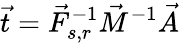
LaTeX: \vec{t}=\vec{F}_{s,r}^{-1}\vec{M}^{-1}\vec{A}